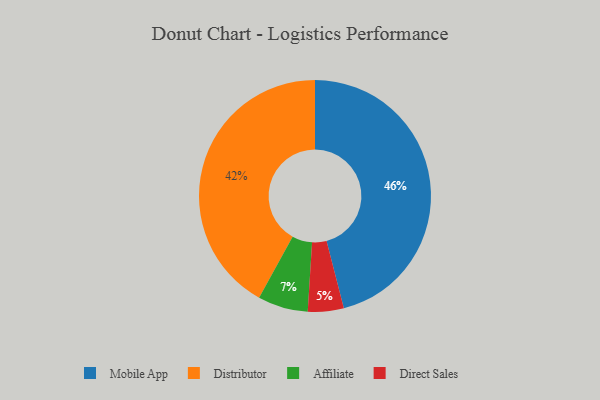
{"axis": {"x": "Category", "y": "Percentage"}, "legend": ["Affiliate", "Direct Sales", "Distributor", "Mobile App"], "data": [{"x": "Distributor", "y": 42, "type": "Distributor"}, {"x": "Direct Sales", "y": 5, "type": "Direct Sales"}, {"x": "Affiliate", "y": 7, "type": "Affiliate"}, {"x": "Mobile App", "y": 46, "type": "Mobile App"}]}